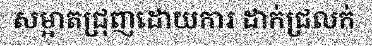
សម្អាតជ្រុញដោយការ ដាក់ជ្រលក់